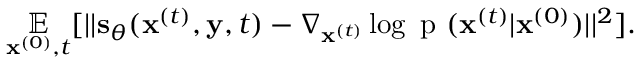
\underset { \mathbf { x } ^ { ( 0 ) } , t } { \mathbb { E } } [ | | \mathbf { s } _ { \boldsymbol { \theta } } ( \mathbf { x } ^ { ( t ) } , \mathbf { y } , t ) - \nabla _ { \mathbf { x } ^ { ( t ) } } \log { \mathrm { ~ p ~ } ( \mathbf { x } ^ { ( t ) } | \mathbf { x } ^ { ( 0 ) } ) } | | ^ { 2 } ] .